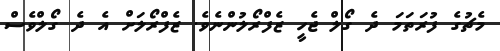
މެޗުގެ ފުރަތަމަ ދެ ގޯލް ޖެހީ ޒެފްރޯލުންނެވެ. ޒެފްރޯލަށް އެ ދެ ގޯލްވެސް